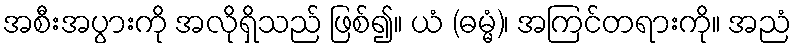
အစီးအပွားကို အလိုရှိသည် ဖြစ်၍။ ယံ (ဓမ္မံ)၊ အကြင်တရားကို။ အညံ